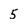
Character: 5